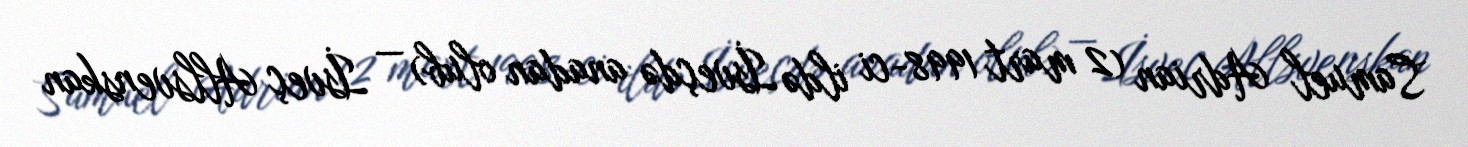
Samuel Adrian (2 mart 1998-ci ildə İsveçdə anadan olub) — İsveç Allsvenskan